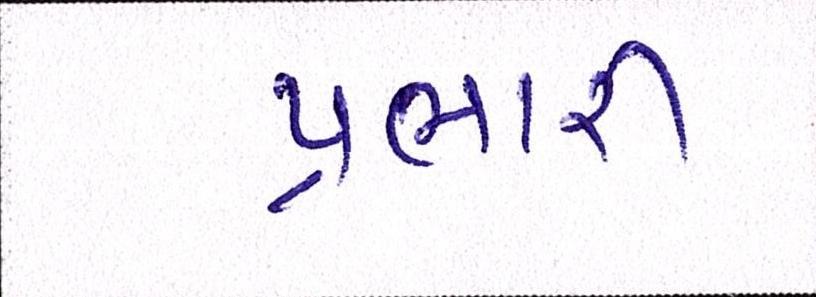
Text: પ્રભારી